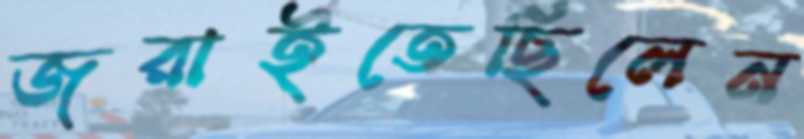
জরাইতেছিলেন